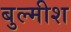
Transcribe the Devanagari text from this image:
बुल्मीश